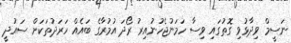
ނަސީމް ވިދާޅުވި ގޮތުގައި ވިސާ ހަމަނުޖެހުނުއިރު ރޯދަ އުމުރާގެ ބައެއް ހަރަދުތަކަށް ސައުދީ